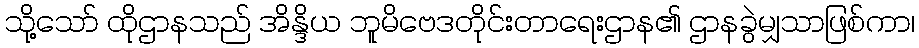
သို့သော် ထိုဌာနသည် အိန္ဒိယ ဘူမိဗေဒတိုင်းတာရေးဌာန၏ ဌာနခွဲမျှသာဖြစ်ကာ၊